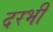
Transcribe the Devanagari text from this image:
दरभी